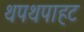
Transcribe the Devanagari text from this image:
थपथपाहट